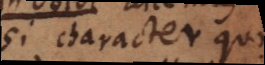
si character quo